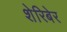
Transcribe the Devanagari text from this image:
शेरिबेर